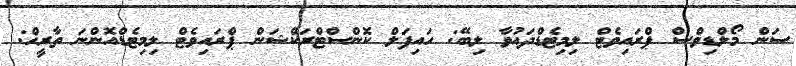
ސަން މޯލްޑިވްސް ޕްރައިވެޓް ލިމިޓެޑްދައުވާ ލިބޭ: ހައިފަލް ކޮންސްޓްރަކްޝަން ޕްރައިވެޓް ލިމިޓެޑްއޮންނަ ތާރީޚް: